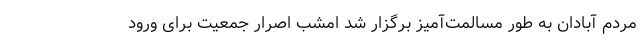
مردم آبادان به طور مسالمت‌آمیز برگزار شد امشب اصرار جمعیت برای ورود